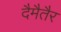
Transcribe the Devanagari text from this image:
दैमैतैर